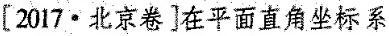
[2017·北京卷]在平面直角坐标系